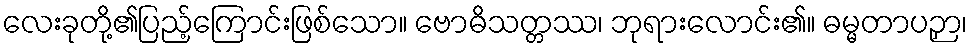
လေးခုတို့၏ပြည့်ကြောင်းဖြစ်သော။ ဗောဓိသတ္တဿ၊ ဘုရားလောင်း၏။ ဓမ္မတာပဉှာ၊